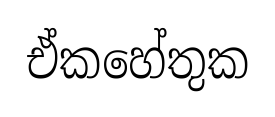
ඒකහේතුක